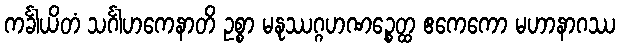
ကင်္ခါယိတံ သင်္ဂါဟကေနာတိ ဥစ္စာ မနုဿဂ္ဂဟဏဉ္စေတ္ထ ဧကေကော မဟာနာဂဿ